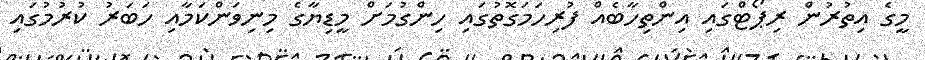
މީގެ އިތުރުން ރިޕޯޓްގައި އިންތިހާބެއް ފުރިހަމަގޮތުގައި ހިންގުމަށް މީޑިޔާގެ މިނިވަންކަމާއި ހަބަރު ކުރުމުގައި